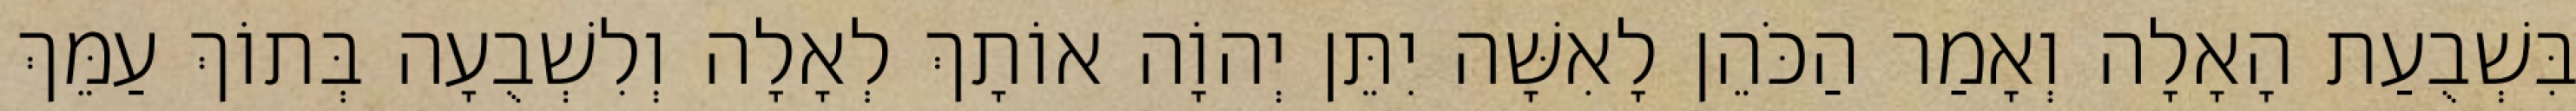
בִּשְׁבֻעַת הָאָלָה וְאָמַר הַכֹּהֵן לָאִשָּׁה יִתֵּן יְהוָֹה אוֹתָךְ לְאָלָה וְלִשְׁבֻעָה בְּתוֹךְ עַמֵּךְ